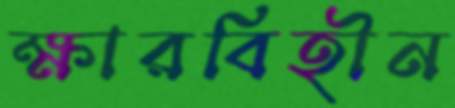
ক্ষারবিহীন